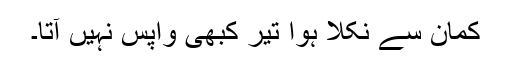
کمان سے نکلا ہوا تیر کبھی واپس نہیں آتا۔